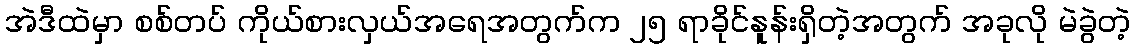
အဲဒီထဲမှာ စစ်တပ် ကိုယ်စားလှယ်အရေအတွက်က ၂၅ ရာခိုင်နူန်းရှိတဲ့အတွက် အခုလို မဲခွဲတဲ့